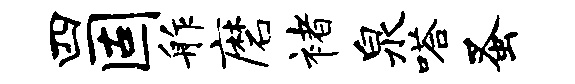
四固舴磨褚泉嗒蚤